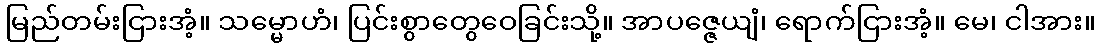
မြည်တမ်းငြားအံ့။ သမ္မောဟံ၊ ပြင်းစွာတွေဝေခြင်းသို့။ အာပဇ္ဇေယျံ၊ ရောက်ငြားအံ့။ မေ၊ ငါအား။